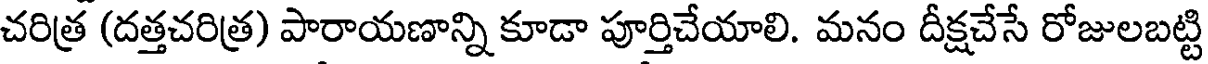
చరిత్ర (దత్తచరిత్ర) పారాయణాన్ని కూడా పూర్తిచేయాలి. మనం దీక్షచేసే రోజులబట్టి